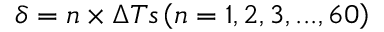
\delta = n \times \Delta T s \left( n = 1 , 2 , 3 , . . . , 6 0 \right)